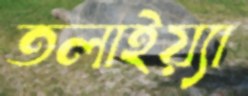
তলাইয়্যা